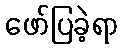
ဖော်ပြခဲ့ရာ